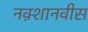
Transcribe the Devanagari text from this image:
नक़्शानवीस